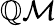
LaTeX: \mathbb{Q}\mathcal{M}